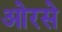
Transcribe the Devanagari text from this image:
ओरसे